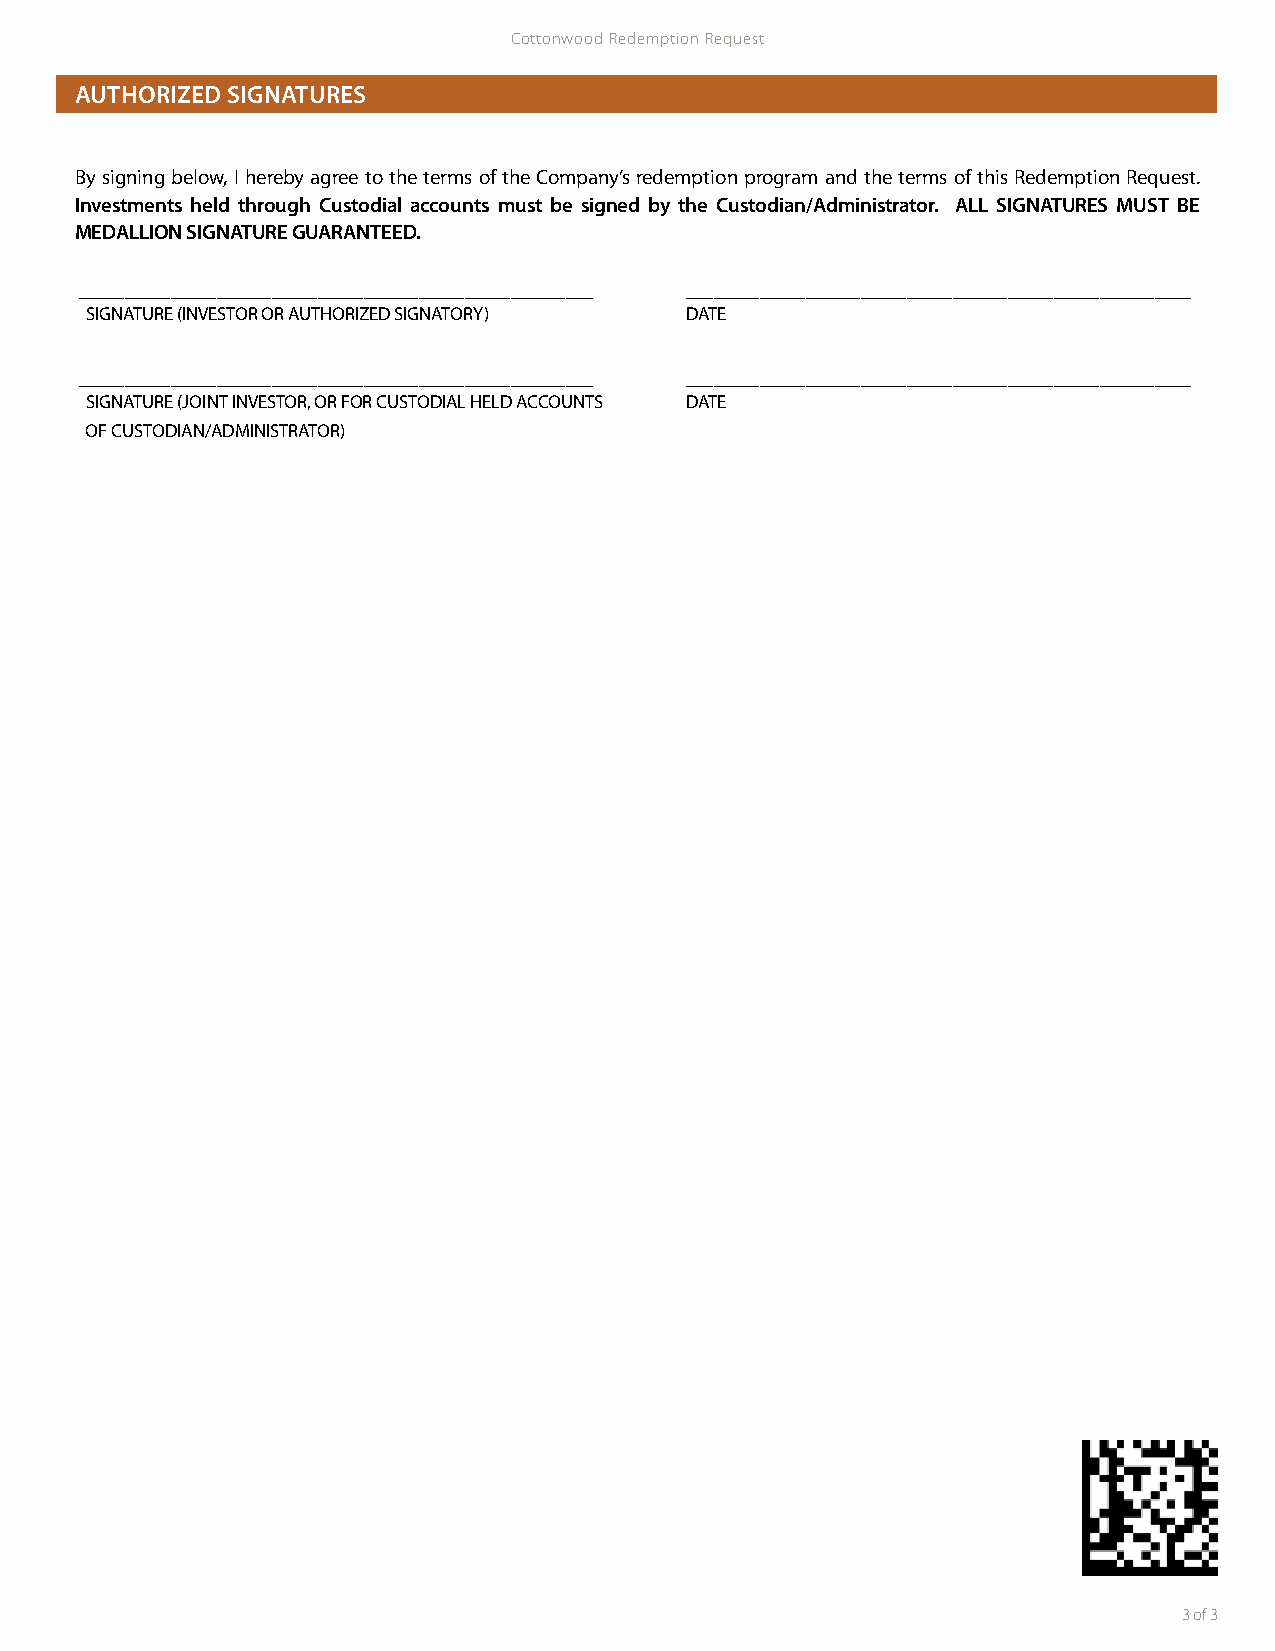
Cottonwood Redemption Request
 AUTHORIZED SIGNATURES
 By signing below, I hereby agree to the terms of the Company’s redemption program and the terms of this Redemption Request.
 Investments held through Custodial accounts must be signed by the Custodian/Administrator. ALL SIGNATURES MUST BE
 MEDALLION SIGNATURE GUARANTEED.
 ________________________________________________________ _______________________________________________________
 SIGNATURE (INVESTOR OR AUTHORIZED SIGNATORY) DATE
 ________________________________________________________ _______________________________________________________
 SIGNATURE (JOINT INVESTOR, OR FOR CUSTODIAL HELD ACCOUNTS DATE
 OF CUSTODIAN/ADMINISTRATOR)
 3 of 3